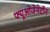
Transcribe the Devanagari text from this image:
फ्यूओजेनेटीन